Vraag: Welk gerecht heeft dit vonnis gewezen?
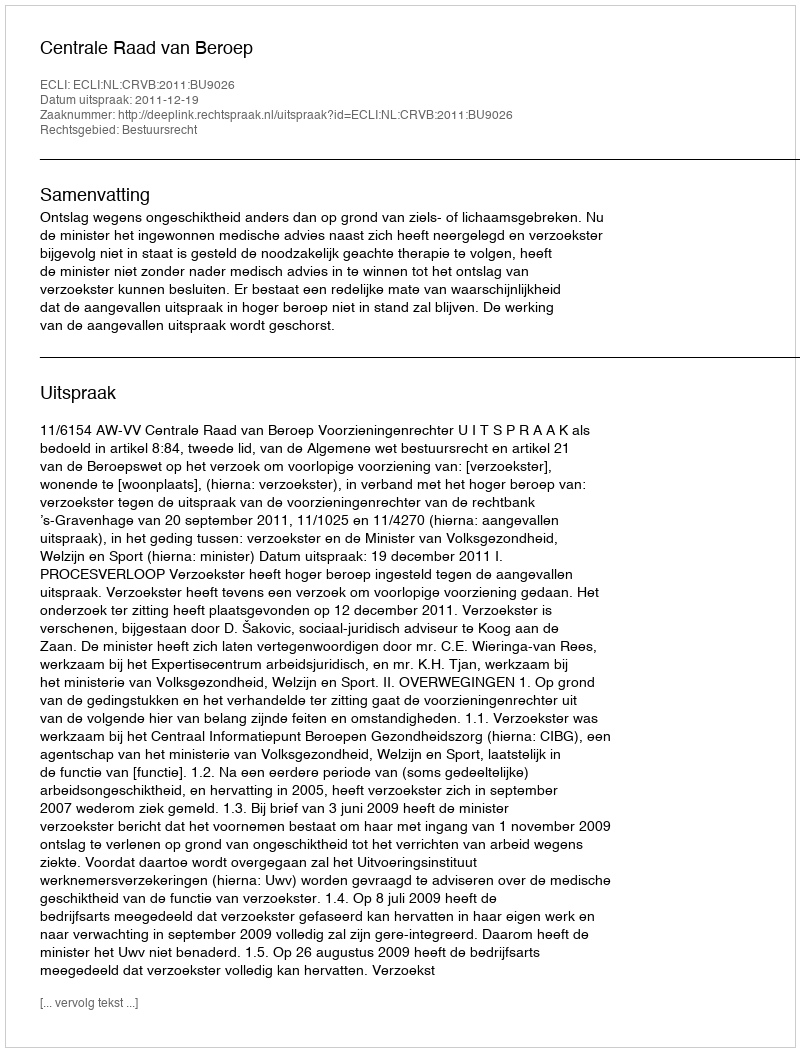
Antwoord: Centrale Raad van Beroep